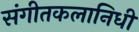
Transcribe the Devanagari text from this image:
संगीतकलानिधी